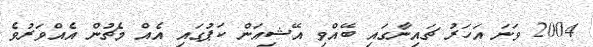
2004 ވަނަ އަހަރު ޗައިނާގައި ބޭއްވި އޭޝިއަން ކަޕުގައި އެއް މެޗުން އެއްވަރުވެ